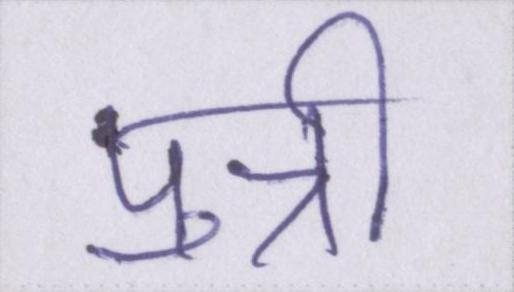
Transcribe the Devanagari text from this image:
पुत्री